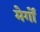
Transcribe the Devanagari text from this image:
मेर्गों